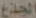
الجذع